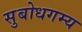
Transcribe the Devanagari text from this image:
सुबोधगम्य